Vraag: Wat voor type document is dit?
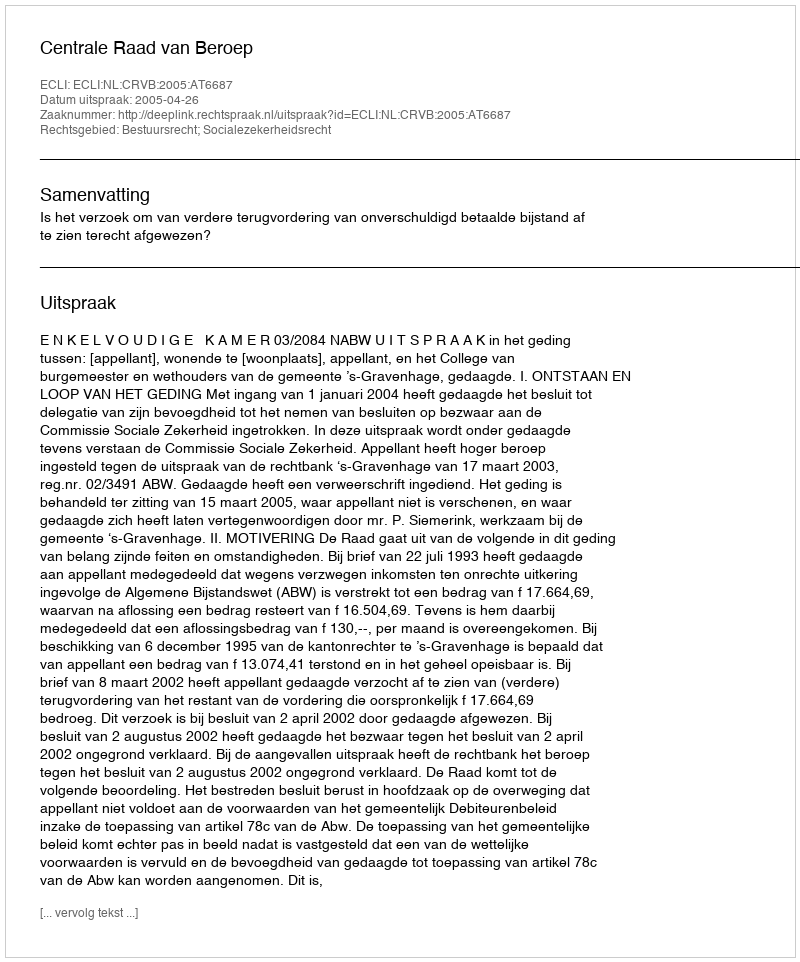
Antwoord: Uitspraak